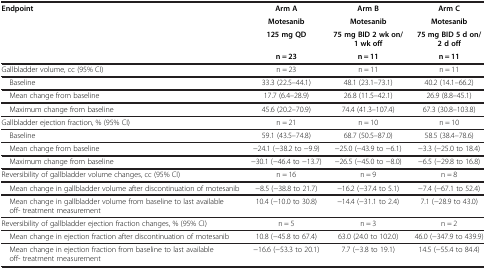
<table><thead><tr><td><b>Endpoint</b></td><td><b>Arm A</b></td><td><b>Arm B</b></td><td><b>Arm C</b></td></tr><tr><td>[EMPTY_CELL]</td><td><b>Motesanib</b></td><td><b>Motesanib</b></td><td><b>Motesanib</b></td></tr><tr><td>[EMPTY_CELL]</td><td><b>125 mg QD</b></td><td><b>75 mg BID 2 wk on/1 wk off</b></td><td><b>75 mg BID 5 d on/2 d off</b></td></tr><tr><td>[EMPTY_CELL]</td><td><b>n = 23</b></td><td><b>n = 11</b></td><td><b>n = 11</b></td></tr></thead><tbody><tr><td>Gallbladder volume, cc (95% CI)</td><td>n = 23</td><td>n = 11</td><td>n = 11</td></tr><tr><td> Baseline</td><td>33.3 (22.5–44.1)</td><td>48.1 (23.1–73.1)</td><td>40.2 (14.1–66.2)</td></tr><tr><td> Mean change from baseline</td><td>17.7 (6.4–28.9)</td><td>26.8 (11.5–42.1)</td><td>26.9 (8.8–45.1)</td></tr><tr><td> Maximum change from baseline</td><td>45.6 (20.2–70.9)</td><td>74.4 (41.3–107.4)</td><td>67.3 (30.8–103.8)</td></tr><tr><td>Gallbladder ejection fraction, % (95% CI)</td><td>n = 21</td><td>n = 10</td><td>n = 10</td></tr><tr><td> Baseline</td><td>59.1 (43.5–74.8)</td><td>68.7 (50.5–87.0)</td><td>58.5 (38.4–78.6)</td></tr><tr><td> Mean change from baseline</td><td>−24.1 (−38.2 to −9.9)</td><td>−25.0 (−43.9 to −6.1)</td><td>−3.3 (−25.0 to 18.4)</td></tr><tr><td> Maximum change from baseline</td><td>−30.1 (−46.4 to −13.7)</td><td>−26.5 (−45.0 to −8.0)</td><td>−6.5 (−29.8 to 16.8)</td></tr><tr><td>Reversibility of gallbladder volume changes, cc (95% CI)</td><td>n = 16</td><td>n = 9</td><td>n = 8</td></tr><tr><td> Mean change in gallbladder volume after discontinuation of motesanib</td><td>−8.5 (−38.8 to 21.7)</td><td>−16.2 (−37.4 to 5.1)</td><td>−7.4 (−67.1 to 52.4)</td></tr><tr><td> Mean change in gallbladder volume from baseline to last available off- treatment measurement</td><td>10.4 (−10.0 to 30.8)</td><td>−14.4 (−31.1 to 2.4)</td><td>7.1 (−28.9 to 43.0)</td></tr><tr><td>Reversibility of gallbladder ejection fraction changes, % (95% CI)</td><td>n = 5</td><td>n = 3</td><td>n = 2</td></tr><tr><td> Mean change in ejection fraction after discontinuation of motesanib</td><td>10.8 (−45.8 to 67.4)</td><td>63.0 (24.0 to 102.0)</td><td>46.0 (−347.9 to 439.9)</td></tr><tr><td> Mean change in ejection fraction from baseline to last available off- treatment measurement</td><td>−16.6 (−53.3 to 20.1)</td><td>7.7 (−3.8 to 19.1)</td><td>14.5 (−55.4 to 84.4)</td></tr></tbody></table>